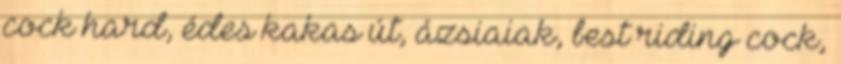
cock hard, édes kakas út, ázsiaiak, best riding cock,